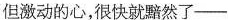
但激动的心，很快就黯然了——